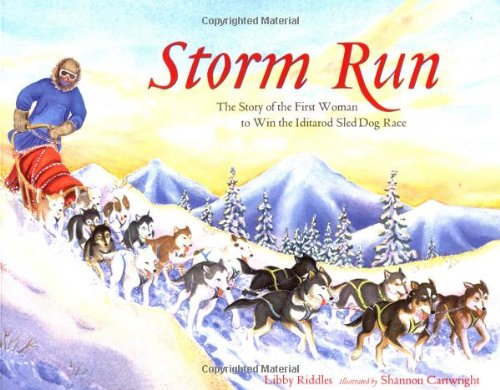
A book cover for Storm Run: The Story of the First Woman to Win the Iditarod Sled Dog Race; Libby Riddles; Sports & Outdoors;